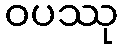
ဝပဿု